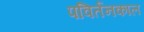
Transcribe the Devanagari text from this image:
पविर्तनकाल